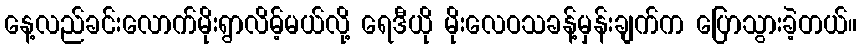
နေ့လည်ခင်းလောက်မိုးရွာလိမ့်မယ်လို့ ရေဒီယို မိုးလေဝသခန့်မှန်းချက်က ပြောသွားခဲ့တယ်။